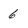
Character: 6